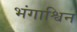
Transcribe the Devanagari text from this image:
भंगाश्विन